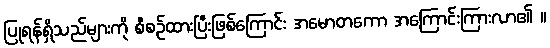
ပြုရန်ရှိသည်များကို စီစဉ်ထားပြီးဖြစ်ကြောင်း အမောတကော အကြောင်းကြားလာ၏ ။